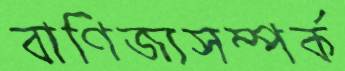
বাণিজ্যসম্পর্ক